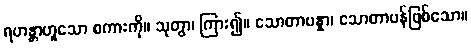
ရဟန္တာဟူသော စကားကို။ သုတွာ၊ ကြား၍။ သောတာပန္နာ၊ သောတာပန်ဖြစ်သော။